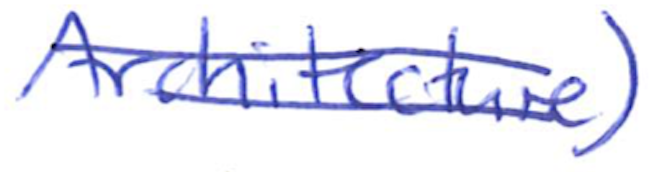
Text: Architecture)
Cross-out: double-line
Writing tool: ballpoint